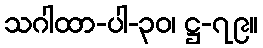
သဂါထာ-ပါ-၃၀၊ ဋ္ဌ-၇၉။